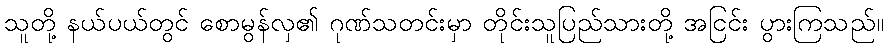
သူတို့ နယ်ပယ်တွင် စောမွန်လှ၏ ဂုဏ်သတင်းမှာ တိုင်းသူပြည်သားတို့ အငြင်း ပွားကြသည်။